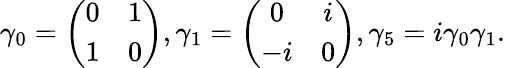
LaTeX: \gamma_{0}=\left(\begin{array}{cc}{{0}}&{{1}}\\ {{1}}&{{0}}\end{array}\right),\gamma_{1}=\left(\begin{array}{cc}{{0}}&{{i}}\\ {{-i}}&{{0}}\end{array}\right),\gamma_{5}=i\gamma_{0}\gamma_{1}.